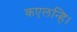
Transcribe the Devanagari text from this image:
कएलन्हि।